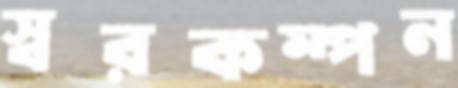
স্বরকম্পন